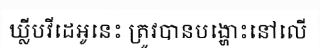
ឃ្លីបវីដេអូនេះ ត្រូវបានបង្ហោះនៅលើ